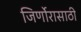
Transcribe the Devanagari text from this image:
जिर्णोरासाठी